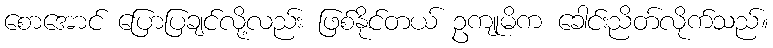
စောအောင် ပြောပြချင်လို့လည်း ဖြစ်နိုင်တယ် ဥကျုမိက ခေါင်းညိတ်လိုက်သည်။